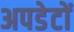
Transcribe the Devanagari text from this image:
अपडेटों